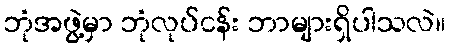
ဘုံအဖွဲ့မှာ ဘုံလုပ်ငန်း ဘာများရှိပါသလဲ။